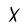
Character: X